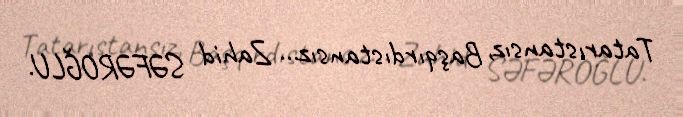
Tatarıstansız, Başqırdıstansız... Zahid SƏFƏROĞLU.